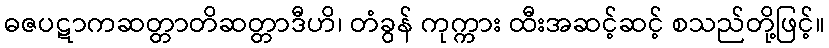
ဓဇပဋာကဆတ္တာတိဆတ္တာဒီဟိ၊ တံခွန် ကုက္ကား ထီးအဆင့်ဆင့် စသည်တို့ဖြင့်။